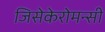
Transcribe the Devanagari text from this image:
जिसेकेरोमन्सी